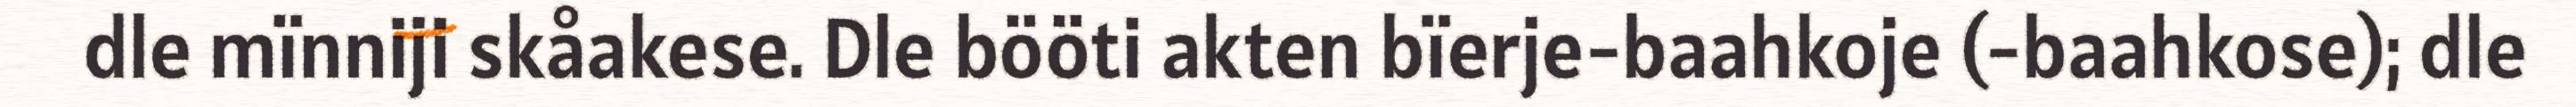
dle mïnniji skåakese. Dle bööti akten bïerje-baahkoje (-baahkose); dle